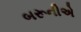
બરૂનીએ